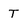
Character: T